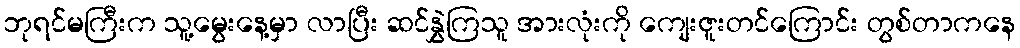
ဘုရင်မကြီးက သူ့မွေးနေ့မှာ လာပြီး ဆင်နွှဲကြသူ အားလုံးကို ကျေးဇူးတင်ကြောင်း တွစ်တာကနေ